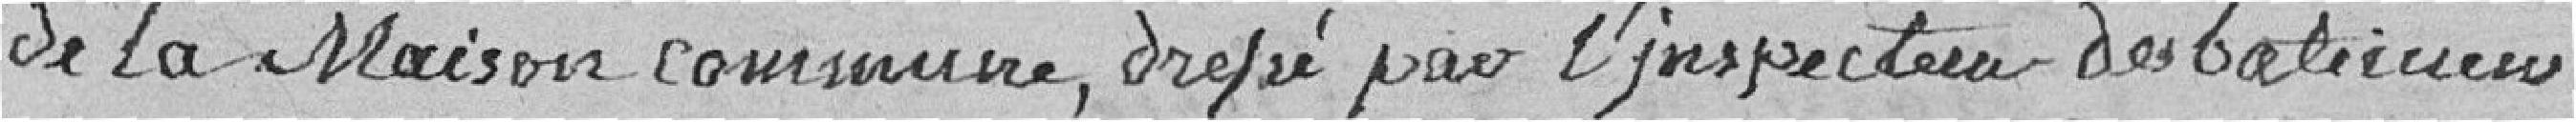
de la Maison Commune, DEPRE pour l'inspecteur des bâtiments